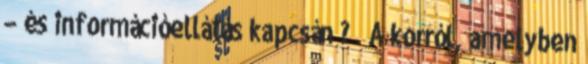
– és információellátás kapcsán ? A korról, amelyben